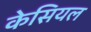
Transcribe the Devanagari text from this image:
केसियल